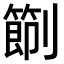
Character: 𠠑